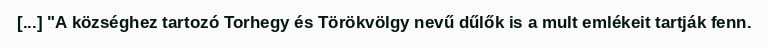
[...] "A községhez tartozó Torhegy és Törökvölgy nevű dűlők is a mult emlékeit tartják fenn.